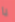
يا